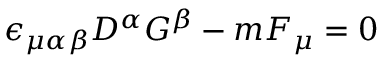
\epsilon _ { \mu \alpha \beta } D ^ { \alpha } G ^ { \beta } - m F _ { \mu } = 0